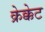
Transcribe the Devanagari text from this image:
क्रेक्केट